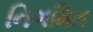
નિગમિત